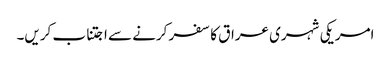
امریکی شہری عراق کا سفر کرنے سے اجتناب کریں۔